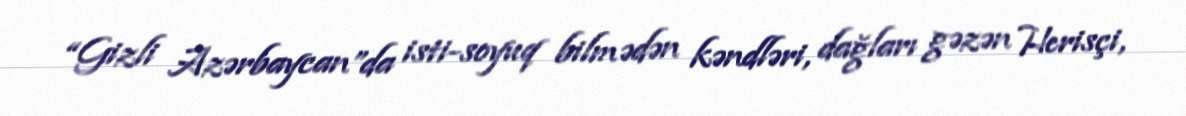
“Gizli Azərbaycan”da isti-soyuq bilmədən kəndləri, dağları gəzən Herisçi,